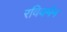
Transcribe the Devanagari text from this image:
रविवर्मन